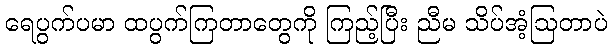
ရေပွက်ပမာ ထပွက်ကြတာတွေကို ကြည့်ပြီး ညီမ သိပ်အံ့ဩတာပဲ